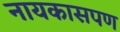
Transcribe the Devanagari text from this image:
नायकासपण